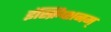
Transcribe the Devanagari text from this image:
इंस्क्रिप्शनम्